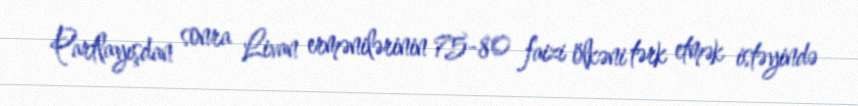
Partlayışdan sonra Livan ermənilərinin 75-80 faizi ölkəni tərk etmək istəyində